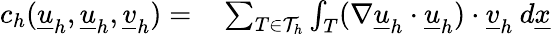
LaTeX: \begin{array}{rl}{c_{h}(\underline{{u}}_{h},\underline{{u}}_{h},\underline{{v}}_{h})=}&{{}\sum_{T\in\mathcal{T}_{h}}\int_{T}(\nabla\underline{{u}}_{h}\cdot\underline{{u}}_{h})\cdot\underline{{v}}_{h}\: d\underline{{x}}}\end{array}